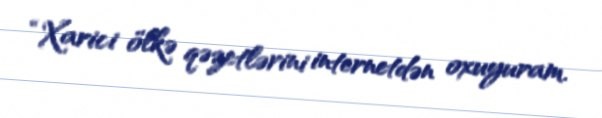
“Xarici ölkə qəzetlərini internetdən oxuyuram.